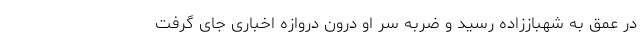
در عمق به شهباززاده رسید و ضربه سر او درون دروازه اخباری جای گرفت